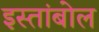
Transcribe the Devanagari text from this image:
इस्तांबोल